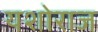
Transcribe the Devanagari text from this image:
यशोराज